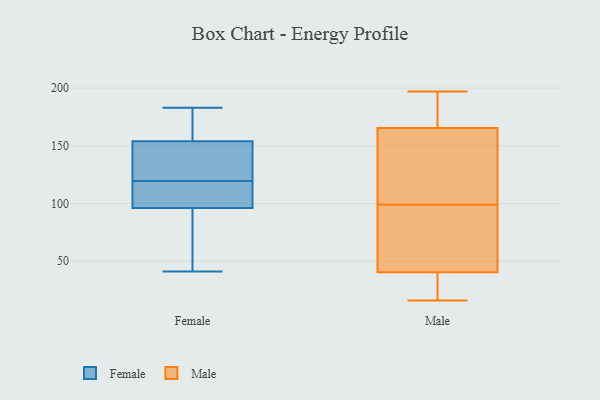
{"axis": {"x": "Churn Rate (%)", "y": "Value"}, "legend": ["Female", "Male"], "data": [{"x": "", "y": 123, "type": "Female"}, {"x": "", "y": 99, "type": "Female"}, {"x": "", "y": 147, "type": "Female"}, {"x": "", "y": 41, "type": "Female"}, {"x": "", "y": 87, "type": "Female"}, {"x": "", "y": 116, "type": "Female"}, {"x": "", "y": 94, "type": "Female"}, {"x": "", "y": 179, "type": "Female"}, {"x": "", "y": 98, "type": "Female"}, {"x": "", "y": 161, "type": "Female"}, {"x": "", "y": 147, "type": "Female"}, {"x": "", "y": 183, "type": "Female"}, {"x": "", "y": 109, "type": "Male"}, {"x": "", "y": 48, "type": "Male"}, {"x": "", "y": 169, "type": "Male"}, {"x": "", "y": 23, "type": "Male"}, {"x": "", "y": 83, "type": "Male"}, {"x": "", "y": 92, "type": "Male"}, {"x": "", "y": 99, "type": "Male"}, {"x": "", "y": 192, "type": "Male"}, {"x": "", "y": 38, "type": "Male"}, {"x": "", "y": 28, "type": "Male"}, {"x": "", "y": 197, "type": "Male"}, {"x": "", "y": 16, "type": "Male"}, {"x": "", "y": 145, "type": "Male"}, {"x": "", "y": 190, "type": "Male"}, {"x": "", "y": 155, "type": "Male"}]}